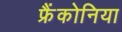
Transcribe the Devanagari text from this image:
फ्रैंकोनिया